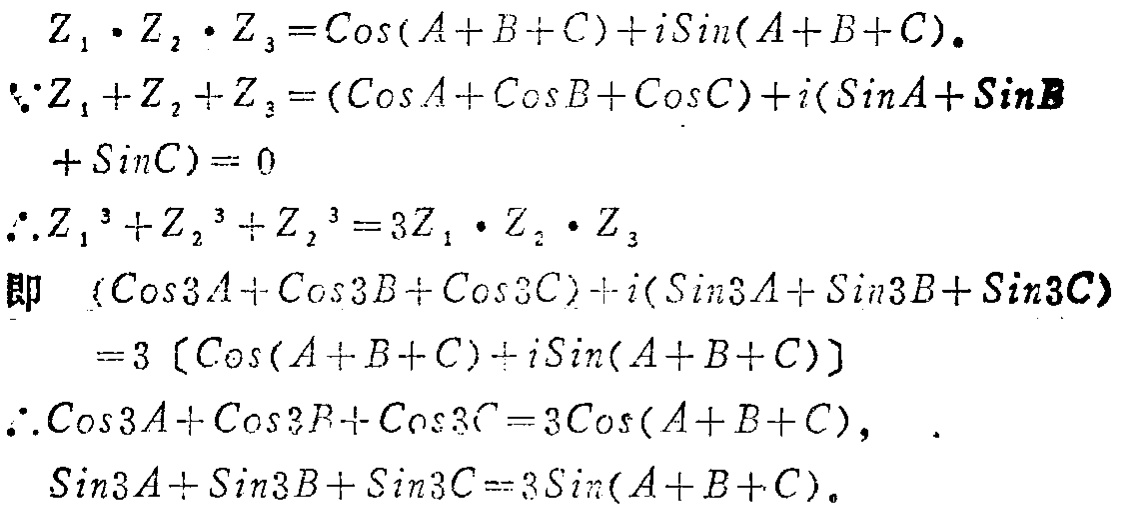
\[

\begin{align*}

Z_1\cdot Z_2\cdot Z_3&=\cos(A + B + C)+i\sin(A + B + C).\\

\because Z_1 + Z_2+Z_3&=(\cos A+\cos B+\cos C)+i(\sin A+\sin B+\sin C)=0\\

\therefore Z_1^3 + Z_2^3+Z_3^3&=3Z_1\cdot Z_2\cdot Z_3\\

\text{即 }(\cos3A+\cos3B+\cos3C)&+i(\sin3A+\sin3B+\sin3C)\\

&=3[\cos(A + B + C)+i\sin(A + B + C)]\\

\therefore \cos3A+\cos3B+\cos3C&=3\cos(A + B + C),\\

\sin3A+\sin3B+\sin3C&=3\sin(A + B + C).

\end{align*}

\]